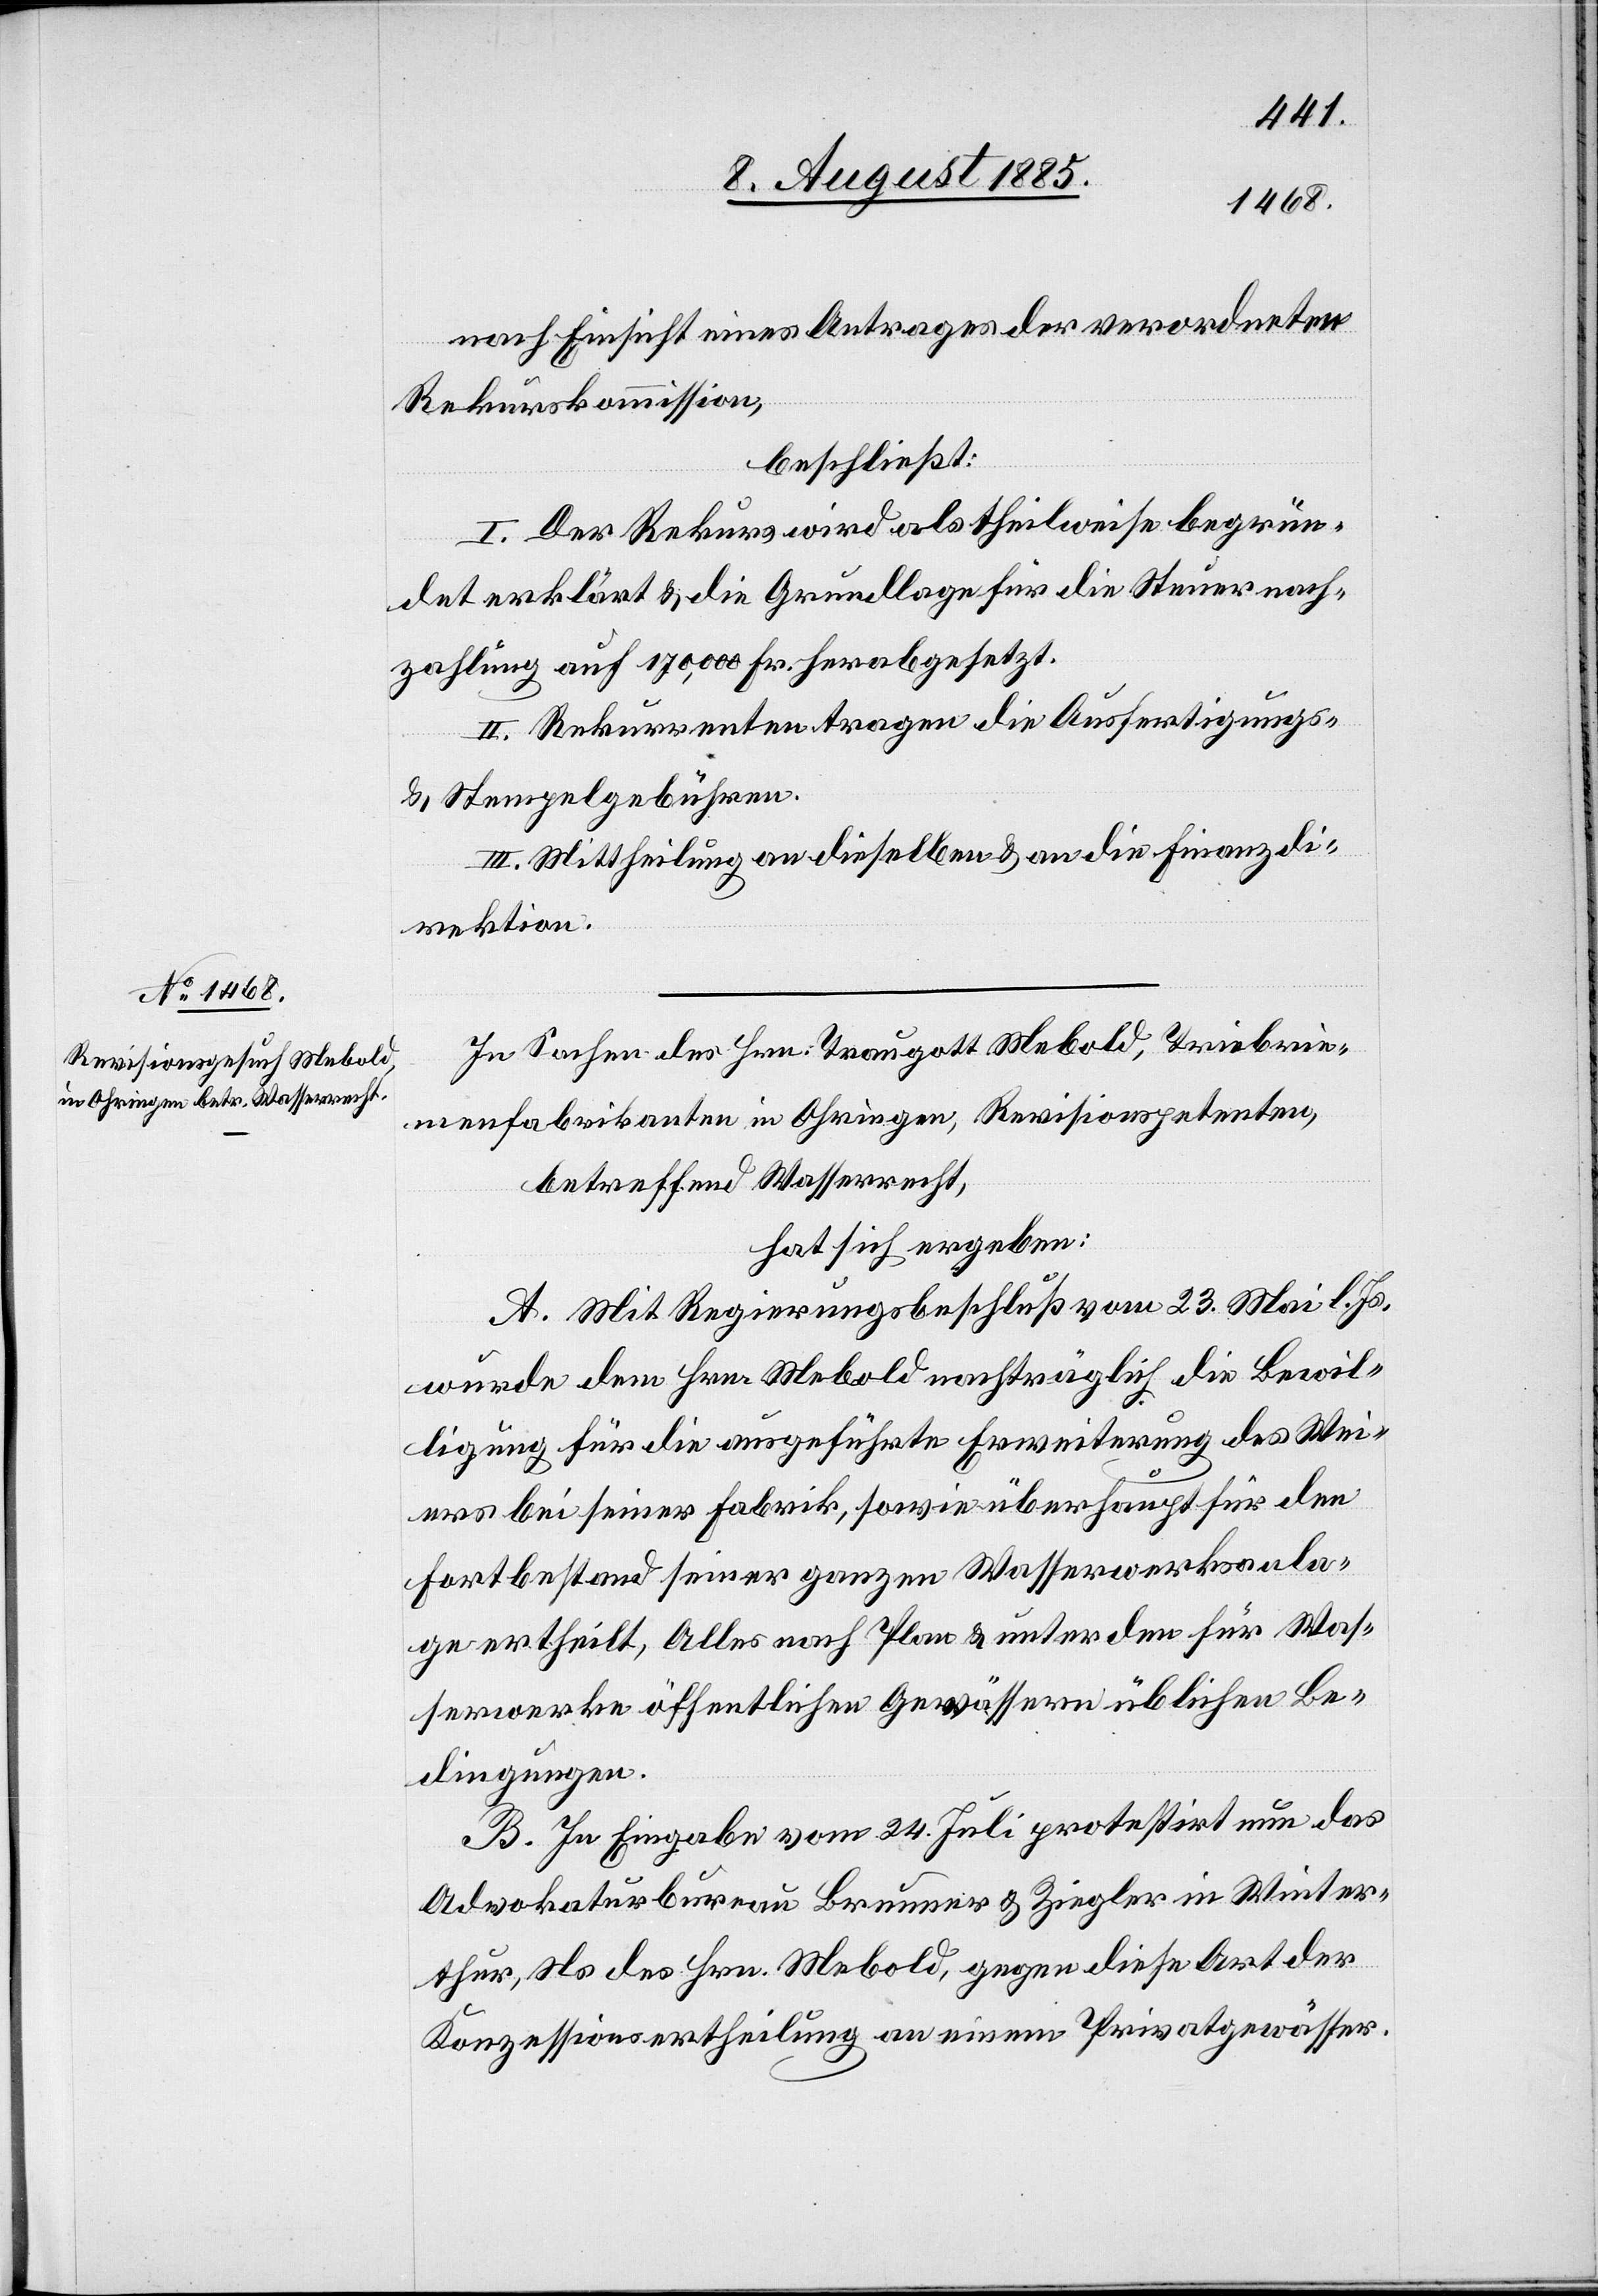
nach Einsicht eines Antrages der verordneten
Rekurskommission,
beschließt:
I. Der Rekurs wird als theilweise begrün¬
det erklärt & die Grundlage für die Steuernach¬
zahlung auf 170,000 Fr. herabgesetzt.
II. Rekurrenten tragen die Ausfertigungs-
& Stempelgebühren.
III. Mittheilung an dieselben & an die Finanzdi¬
rektion.
In Sachen des Hrn. Traugott Mebold, Triebrie¬
menfabrikanten in Ohringen, Revisionspetenten,
betreffend Wasserrecht,
hat sich ergeben:
A. Mit Regierungsbeschluß vom 23. Mai l. Js.
wurde dem Hrn. Mebold nachträglich die Bewil¬
ligung für die ausgeführte Erweiterung des Wei¬
ers bei seiner Fabrik, sowie überhaupt für den
Fortbestand seiner ganzen Wasserwerksanla¬
ge ertheilt, Alles nach Plan & unter den für Was¬
serwerke öffentlichen Gewässern üblichen Be¬
dingungen.
B. In Eingabe vom 24. Juli protestirt nun das
Advokaturbureau Brunner & Ziegler in Winter¬
thur, Ns. des Hrn. Mebold, gegen diese Art der
Konzessionsertheilung an einem Privatgewässer.